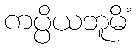
ကပ္ပိယဘူမိံ